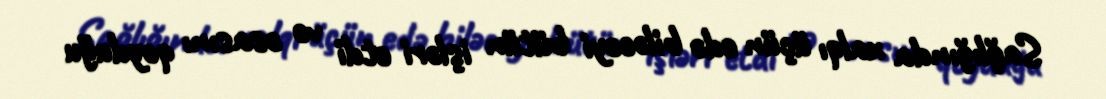
Sağlığında xalqı üçün edə biləcəyi bütün işləri etdi və əsasını qoyduğu